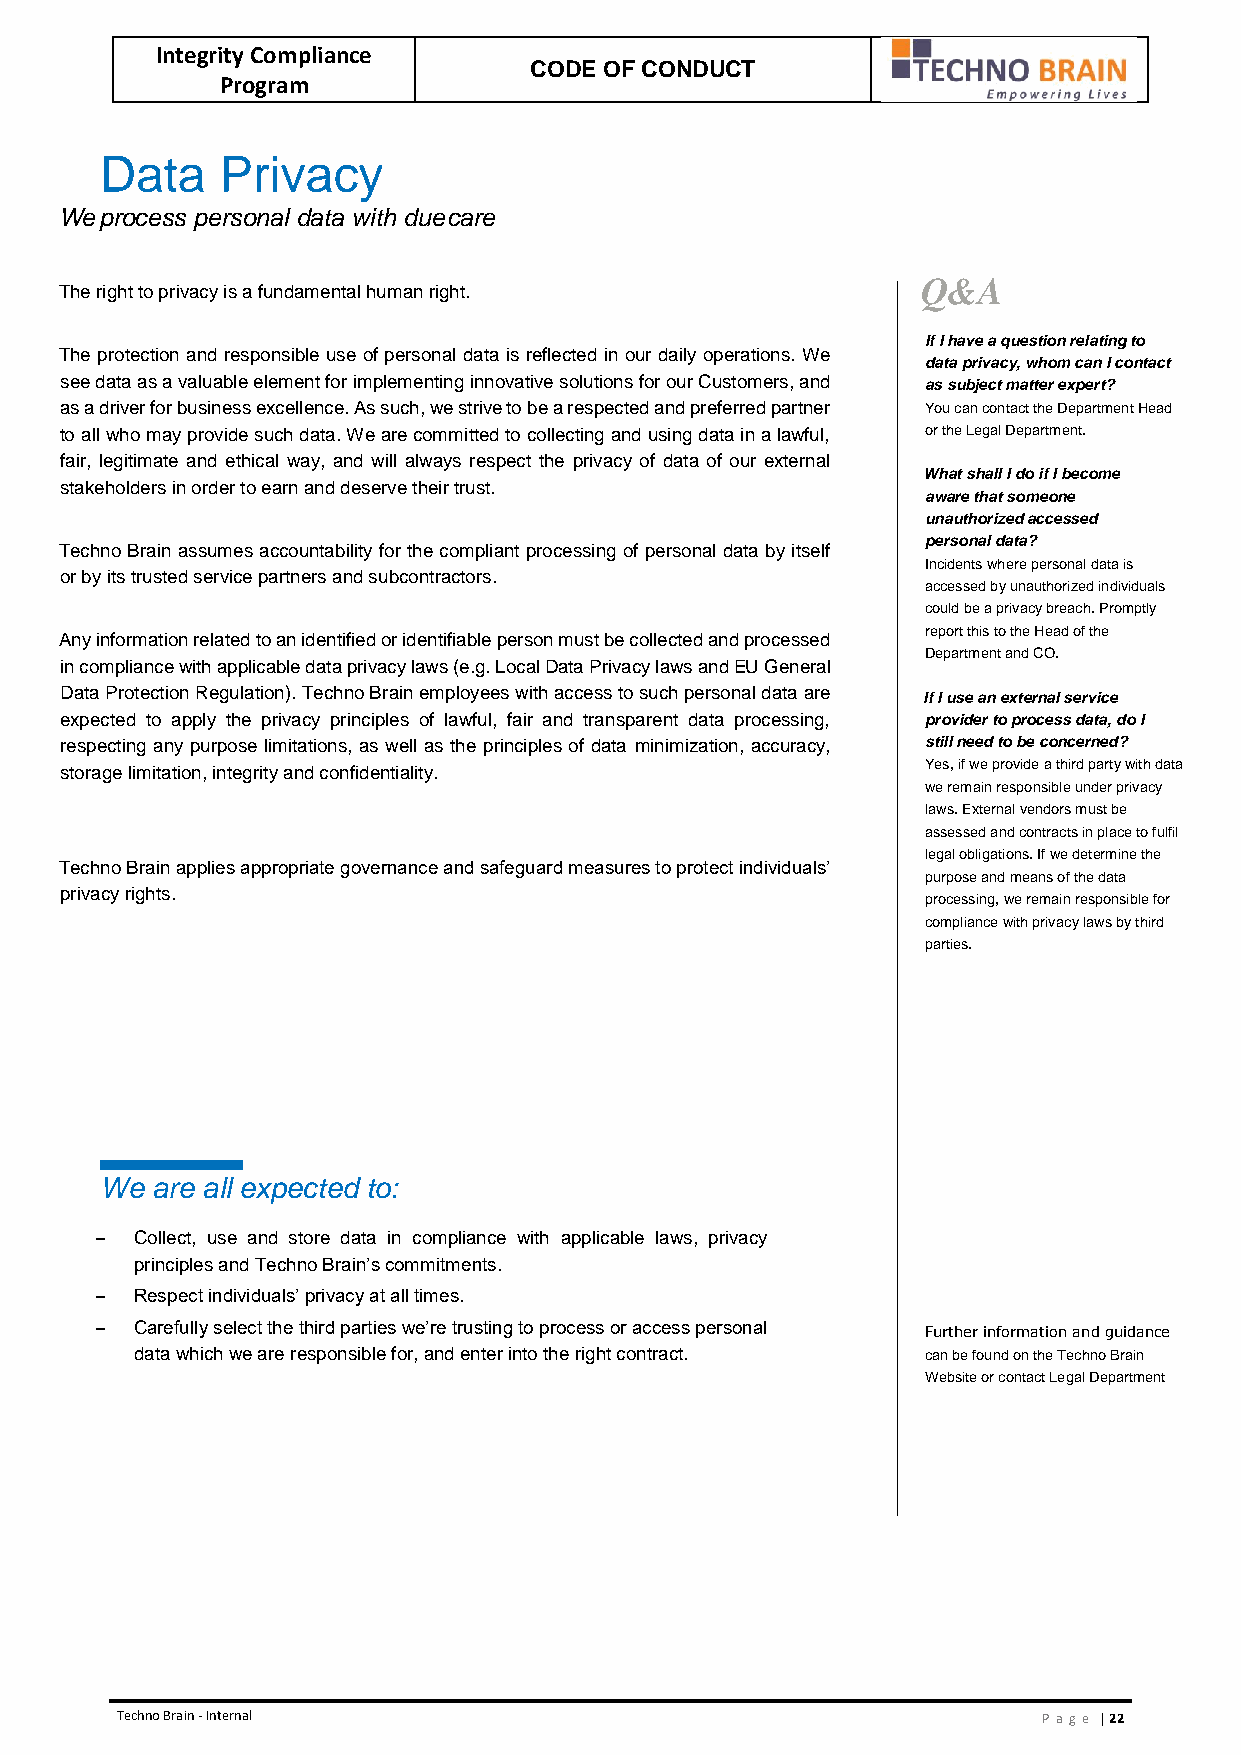
Integrity Compliance
 CODE OF CONDUCT
 Program
 Data    Privacy
 We process personal data with due care
 Q&A
 The right to privacy is a fundamental human right.
 If I have a question relating to
 The protection and responsible use of personal data is reflected in our daily operations. We
 data privacy, whom can I contact
 see data as a valuable element for implementing innovative solutions for our Customers, and as subject matter expert?
 as a driver for business excellence. As such, we strive to be a respected and preferred partner You can contact the Department Head
 to all who may provide such data. We are committed to collecting and using data in a lawful, or the Legal Department.
 fair, legitimate and ethical way, and will always respect the privacy of data of our external
 What shall I do if I become
 stakeholders in order to earn and deserve their trust.
 aware that someone
 unauthorized accessed
 personal data?
 Techno Brain assumes accountability for the compliant processing of personal data by itself
 Incidents where personal data is
 or by its trusted service partners and subcontractors.
 accessed by unauthorized individuals
 could be a privacy breach. Promptly
 report this to the Head of the
 Any information related to an identified or identifiable person must be collected and processed
 Department and CO.
 in compliance with applicable data privacy laws (e.g. Local Data Privacy laws and EU General
 Data Protection Regulation). Techno Brain employees with access to such personal data are If I use an external service
 expected to apply the privacy principles of lawful, fair and transparent data processing, provider to process data, do I
 respecting any purpose limitations, as well as the principles of data minimization, accuracy, still need to be concerned?
 storage limitation, integrity and confidentiality.       Yes, if we provide a third party with data
 we remain responsible under privacy
 laws. External vendors must be
 assessed and contracts in place to fulfil
 legal obligations. If we determine the
 Techno Brain applies appropriate governance and safeguard measures to protect individuals’
 purpose and means of the data
 privacy rights.
 processing, we remain responsible for
 compliance with privacy laws by third
 parties.
 We are all expected to:
 –  Collect, use and store data in compliance with applicable laws, privacy
 principles and Techno Brain’s commitments.
 –  Respect individuals’ privacy at all times.
 –  Carefully select the third parties we’re trusting to process or access personal
 Further information and guidance
 data which we are responsible for, and enter into the right contract. can be found on the Techno Brain
 Website or contact Legal Department
 Techno Brain - Internal                                      Pa ge | 22